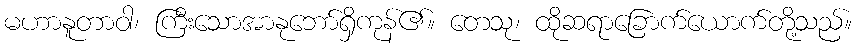
မဟာနူတာဝါ၊ ကြီးသောအာနုဘော်ရှိကုန်၏။ တေသု၊ ထိုဆရာခြောက်ယောက်တို့သည်။